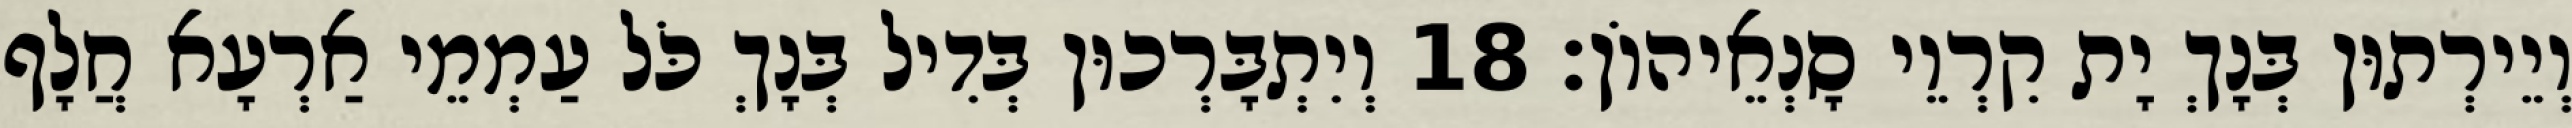
וְיֵירְתוּן בְּנָךְ יָת קִרְוֵי סָנְאֵיהוֹן׃ 18 וְיִתְבָּרְכוּן בְּדִיל בְּנָךְ כֹּל עַמְמֵי אַרְעָא חֲלָף